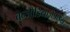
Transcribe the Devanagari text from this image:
बेन्जोडियाज़ेपाइंस